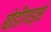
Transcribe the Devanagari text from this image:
बोडीगार्ड्स